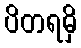
ပိတရမှိ